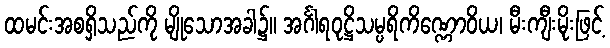
ထမင်းအစရှိသည်ကို မျိုသောအခါ၌။ အင်္ဂါရဝုဋ္ဌိသမ္ပရိကိဏ္ဏောဝိယ၊ မီးကျီးမိုးဖြင့်